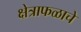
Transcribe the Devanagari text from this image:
क्षेत्राफळाचे